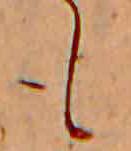
も